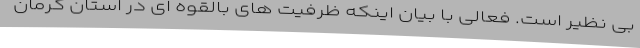
بی نظیر است. فعالی با بیان اینکه ظرفیت های بالقوه ای در استان کرمان